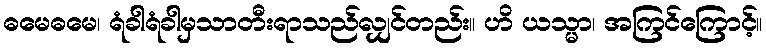
ဓမေဓမေ၊ ရံခါရံခါမှသာတီးရာသည်လျှင်တည်း။ ဟိ ယသ္မာ၊ အကြင်ကြောင့်။